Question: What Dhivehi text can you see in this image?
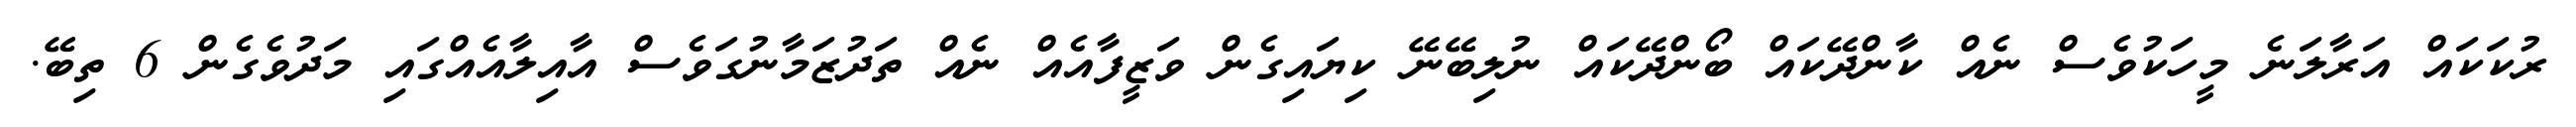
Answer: ރުކަކައް އަރާލަނެ މީހަކުވެސް ނެއް ކާންދޭކައް ބޯންދޭކައް ނުލިބޭނޭ ކިޔައިގެން ވަޒީފާއެއް ނެއް ތަދުޒަމާނުގަވެސް އާއިލާއެއްގައި މަދުވެގެން 6 ތިބޭ.